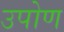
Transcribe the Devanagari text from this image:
उपोण